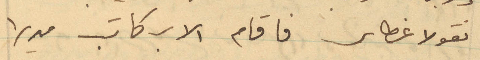
نقولا غطاس فاقام الاب كاتب مديرا